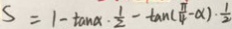
S = 1 - \tan \alpha \cdot \frac { 1 } { 2 } - \tan ( \frac { \pi } { 4 } - \alpha ) \cdot \frac { 1 } { 2 }